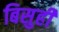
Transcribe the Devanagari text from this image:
बिसुही